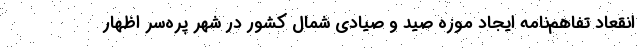
انقعاد تفاهم‌نامه ایجاد موزه صید و صیادی شمال کشور در شهر پره‌سر اظهار